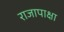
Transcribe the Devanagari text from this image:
राजापाक्षा